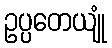
ဥပ္ပတေယျုံ